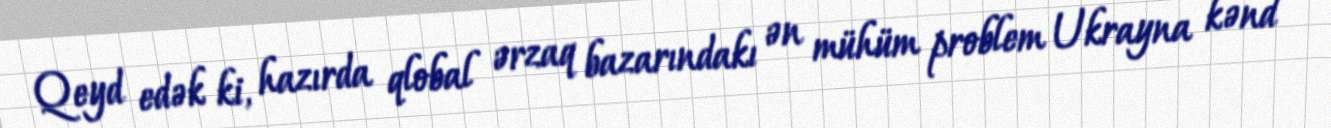
Qeyd edək ki, hazırda qlobal ərzaq bazarındakı ən mühüm problem Ukrayna kənd